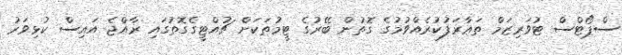
ސްޕޯޓްސް ޓުވަރިޒަމް ތަޢާރަފުކުރެއްވުމުގެ ގޮތުން ބޭރުގެ ޓީމުތަކަށް ޗުއްޓީގެގޮތުގައި ރާއްޖެ އައިސް ކުޅިވަރު